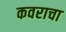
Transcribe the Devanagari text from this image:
कवराचा